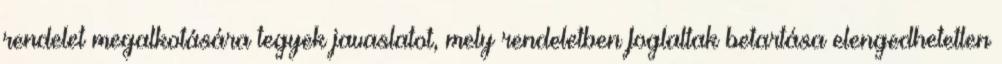
rendelet megalkotására tegyek javaslatot, mely rendeletben foglaltak betartása elengedhetetlen